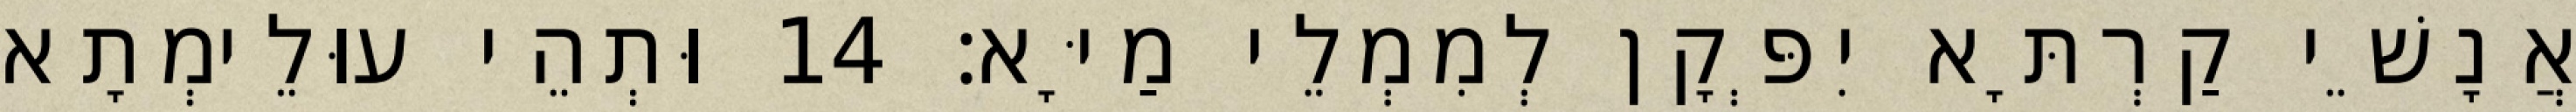
אֲנָשֵׁי קַרְתָּא יִפְּקָן לְמִמְלֵי מַיָּא׃ 14 וּתְהֵי עוּלֵימְתָא